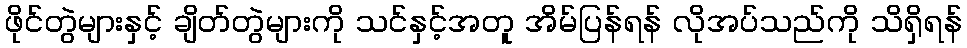
ဖိုင်တွဲများနှင့် ချိတ်တွဲများကို သင်နှင့်အတူ အိမ်ပြန်ရန် လိုအပ်သည်ကို သိရှိရန်